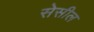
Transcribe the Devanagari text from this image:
सेसील